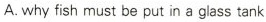
A.why fish must be put in a glass tank